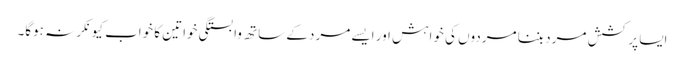
ایسا پرکشش مرد بننا مردوں کی خواہش اور ایسے مرد کے ساتھ وابستگی خواتین کا خواب کیونکر نہ ہوگا۔